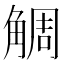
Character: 𧣷